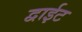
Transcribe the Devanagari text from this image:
द्वाईट